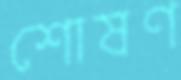
শোষণ